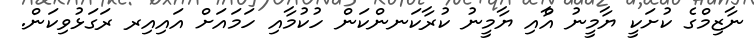
ނާޒިމްގެ ކުށަކީ ޔާމީނު އާްއި ޔާމީނު ކުރާކަނންކަން ހުކުމާއި ހަމައަށް އައިއިރ ރަގަޅުވިކަން.